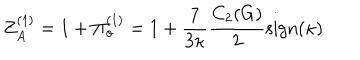
Z _ { A } ^ { ( 1 ) } = 1 + \Pi _ { o } ^ { ( 1 ) } = 1 + \frac { 7 } { 3 \kappa } \frac { C _ { 2 } ( G ) } { 2 } \mathrm { s i g n } ( \kappa )